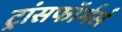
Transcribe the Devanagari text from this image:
ट्रांसफॉर्मर्स